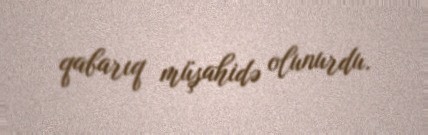
qabarıq müşahidə olunurdu.